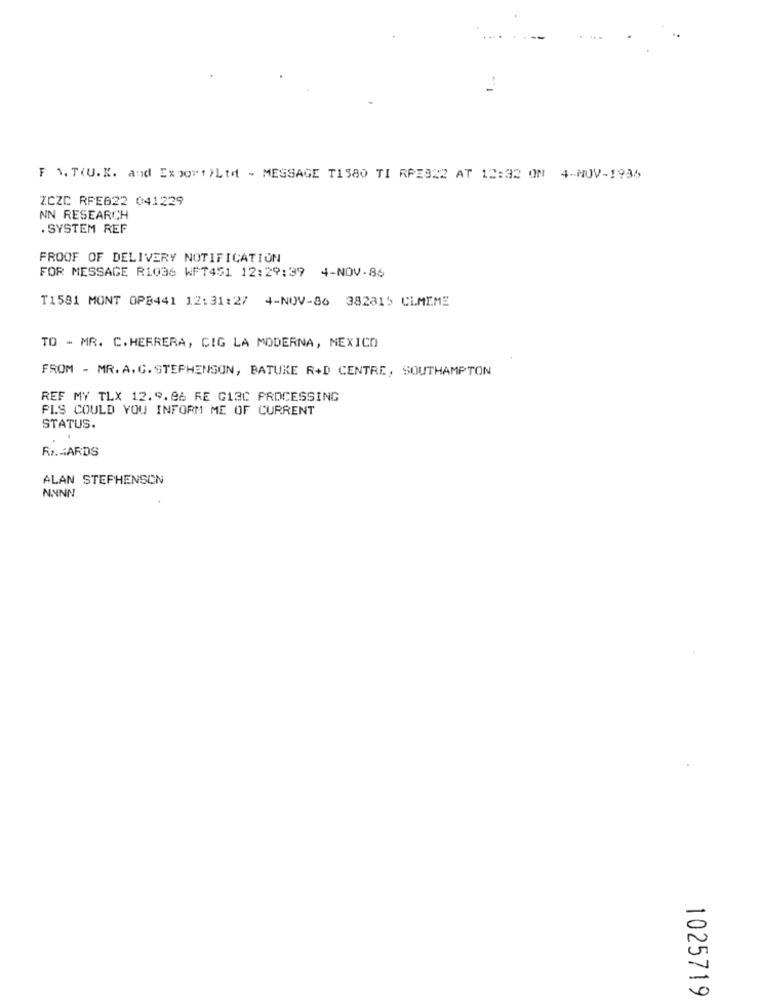
F \. T(U.K. and Export )Ltd - MESSAGE T1580 TI RPZ922 AT 12:32 ON 4-NOV-1936
ZCZC RPE622 041229
NN RESEARCH
. SYSTEM REF
PROOF OF DELIVERY NOTIFICATION
FOR MESSAGE RIQ36 WFT451 12:29:39 4-NOV-86
T1581 MONT OPB441 12:31:27 4-NOV-86 382815 CLMEME
TO - MR. C. HERRERA, CIG LA MODERNA, MEXICO
FROM - MR. A. C. STEPHENSON, BATUKE R+D CENTRE, SOUTHAMPTON
REF MY TLX 12.9.86 RE G13C PROCESSING
PLS COULD YOU INFORM ME OF CURRENT
STATUS.
Rx.CARDS
ALAN STEPHENSON
NNNN
1025719